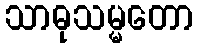
သာဓုသမ္မတော